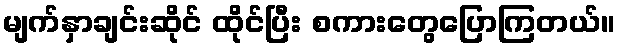
မျက်နှာချင်းဆိုင် ထိုင်ပြီး စကားတွေပြောကြတယ်။